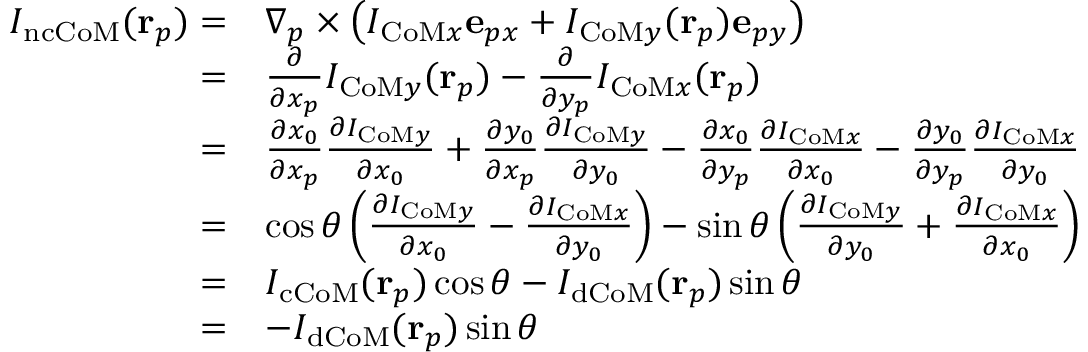
\begin{array} { r l } { I _ { \mathrm { n c C o M } } ( \mathbf { r } _ { p } ) = } & { \nabla _ { p } \times \left( I _ { \mathrm { C o M } x } \mathbf { e } _ { p x } + I _ { \mathrm { C o M } y } ( \mathbf { r } _ { p } ) \mathbf { e } _ { p y } \right) } \\ { = } & { \frac { \partial } { \partial x _ { p } } I _ { \mathrm { C o M } y } ( \mathbf { r } _ { p } ) - \frac { \partial } { \partial y _ { p } } I _ { \mathrm { C o M } x } ( \mathbf { r } _ { p } ) } \\ { = } & { \frac { \partial x _ { 0 } } { \partial x _ { p } } \frac { \partial I _ { \mathrm { C o M } y } } { \partial x _ { 0 } } + \frac { \partial y _ { 0 } } { \partial x _ { p } } \frac { \partial I _ { \mathrm { C o M } y } } { \partial y _ { 0 } } - \frac { \partial x _ { 0 } } { \partial y _ { p } } \frac { \partial I _ { \mathrm { C o M } x } } { \partial x _ { 0 } } - \frac { \partial y _ { 0 } } { \partial y _ { p } } \frac { \partial I _ { \mathrm { C o M } x } } { \partial y _ { 0 } } } \\ { = } & { \cos \theta \left( \frac { \partial I _ { \mathrm { C o M } y } } { \partial x _ { 0 } } - \frac { \partial I _ { \mathrm { C o M } x } } { \partial y _ { 0 } } \right) - \sin \theta \left( \frac { \partial I _ { \mathrm { C o M } y } } { \partial y _ { 0 } } + \frac { \partial I _ { \mathrm { C o M } x } } { \partial x _ { 0 } } \right) } \\ { = } & { I _ { \mathrm { c C o M } } ( \mathbf { r } _ { p } ) \cos \theta - I _ { \mathrm { d C o M } } ( \mathbf { r } _ { p } ) \sin \theta } \\ { = } & { - I _ { \mathrm { d C o M } } ( \mathbf { r } _ { p } ) \sin \theta } \end{array}